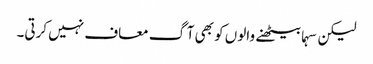
لیکن سہما بیٹھنے والوں کو بھی آگ معاف نہیں کرتی۔